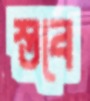
স্তবে